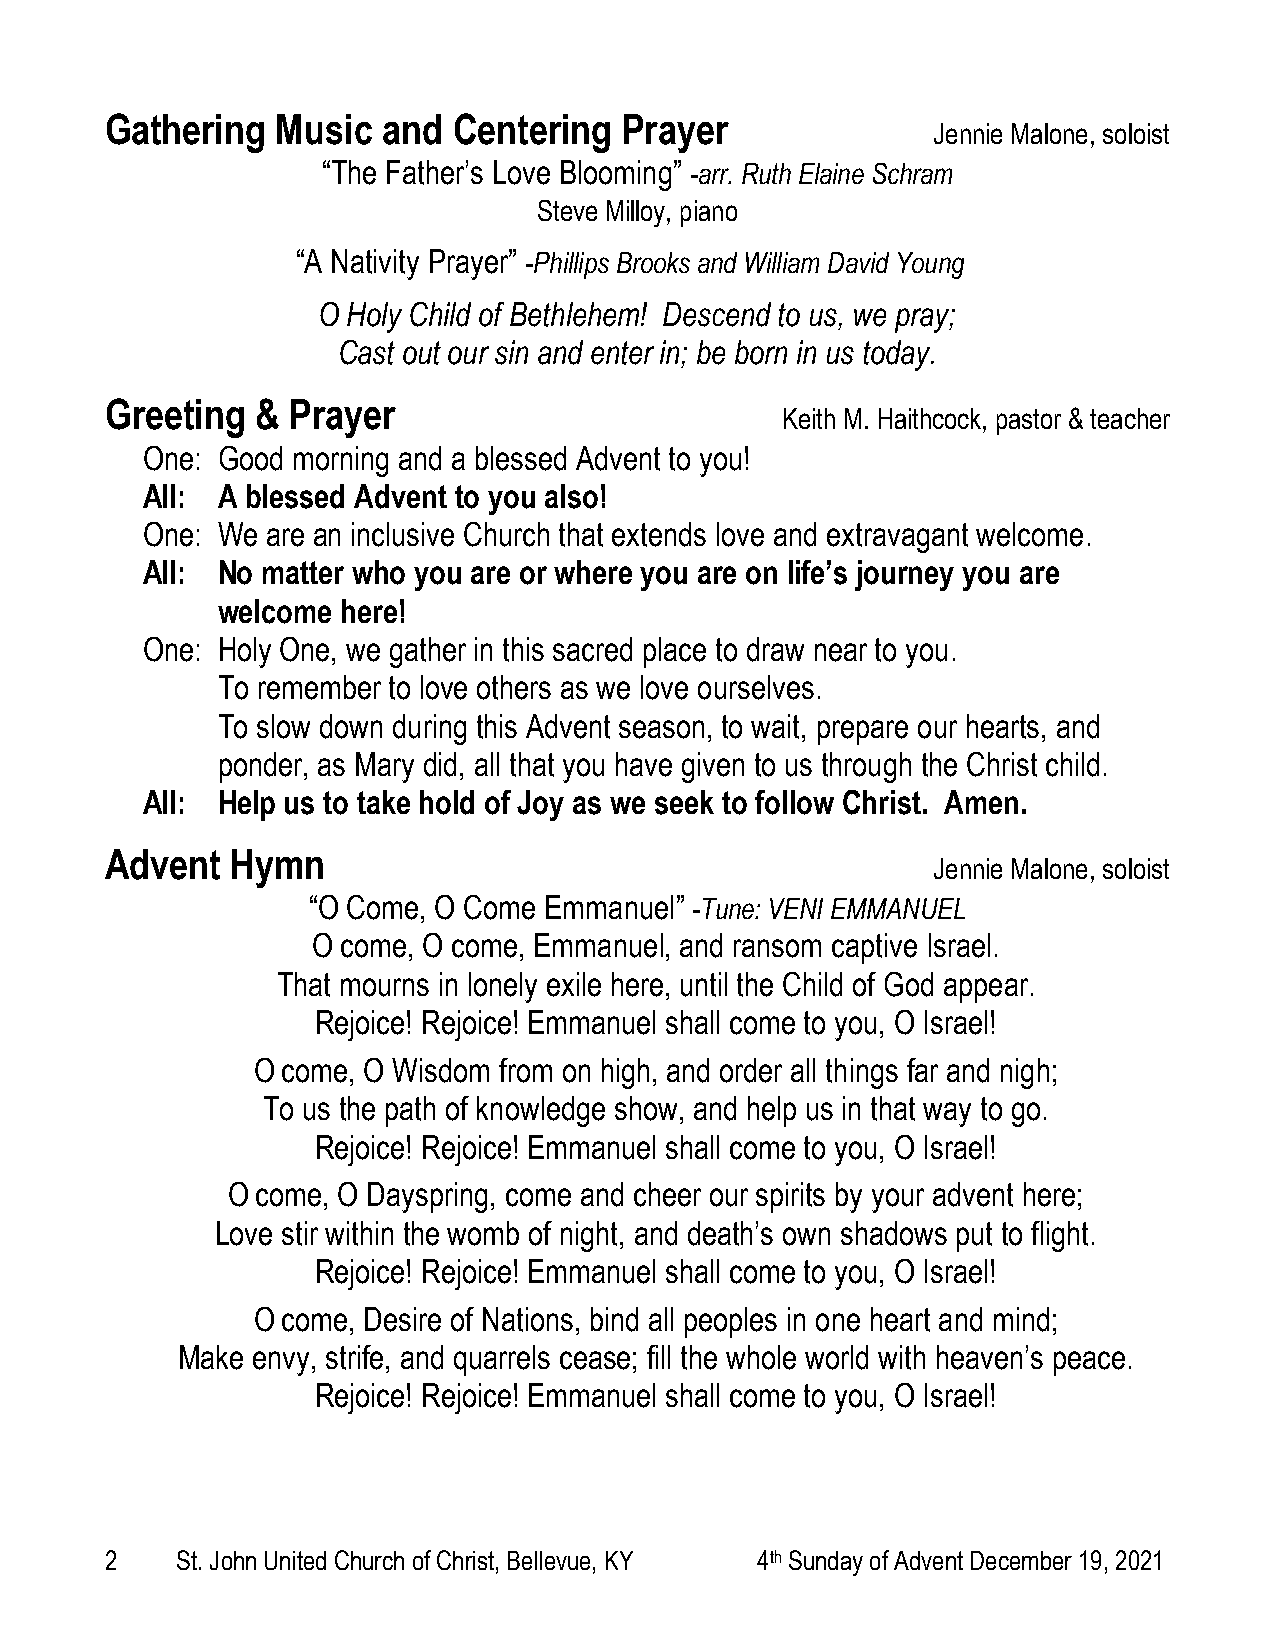
Gathering  Music  and  Centering  Prayer
 Jennie Malone, soloist
 “The Father’s Love Blooming” -arr. Ruth Elaine Schram
 Steve Milloy, piano
 “A Nativity Prayer” -Phillips Brooks and William David Young
 O Holy Child of Bethlehem! Descend to us, we pray;
 Cast out our sin and enter in; be born in us today.
 Greeting  & Prayer
 Keith M. Haithcock, pastor & teacher
 One: Good morning and a blessed Advent to you!
 All: A blessed Advent to you also!
 One: We  are an inclusive Church that extends love and extravagant welcome.
 All: No matter who you are or where you are on life’s journey you are
 welcome  here!
 One: Holy One, we gather in this sacred place to draw near to you.
 To remember to love others as we love ourselves.
 To slow down during this Advent season, to wait, prepare our hearts, and
 ponder, as Mary did, all that you have given to us through the Christ child.
 All: Help us to take hold of Joy as we seek to follow Christ. Amen.
 Advent  Hymn
 Jennie Malone, soloist
 “O Come, O Come Emmanuel” -Tune: VENI EMMANUEL
 O come, O come, Emmanuel, and ransom captive Israel.
 That mourns in lonely exile here, until the Child of God appear.
 Rejoice! Rejoice! Emmanuel shall come to you, O Israel!
 O come, O Wisdom from on high, and order all things far and nigh;
 To us the path of knowledge show, and help us in that way to go.
 Rejoice! Rejoice! Emmanuel shall come to you, O Israel!
 O come, O Dayspring, come and cheer our spirits by your advent here;
 Love stir within the womb of night, and death’s own shadows put to flight.
 Rejoice! Rejoice! Emmanuel shall come to you, O Israel!
 O come, Desire of Nations, bind all peoples in one heart and mind;
 Make envy, strife, and quarrels cease; fill the whole world with heaven’s peace.
 Rejoice! Rejoice! Emmanuel shall come to you, O Israel!
 2    St. John United Church of Christ, Bellevue, KY 4th Sunday of Advent December 19, 2021